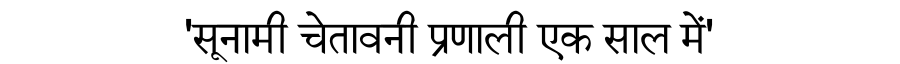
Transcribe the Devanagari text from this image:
'सूनामी चेतावनी प्रणाली एक साल में'